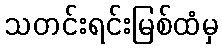
သတင်းရင်းမြစ်ထံမှ